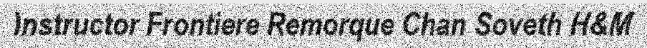
Instructor Frontiere Remorque Chan Soveth H&M